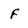
Character: F